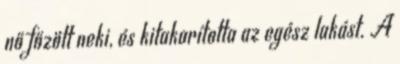
nő főzött neki, és kitakarította az egész lakást. A